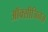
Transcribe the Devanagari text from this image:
ऑक्सीजिनेज़